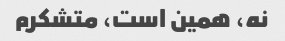
نه، همین است، متشکرم